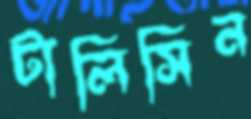
টালিসিন